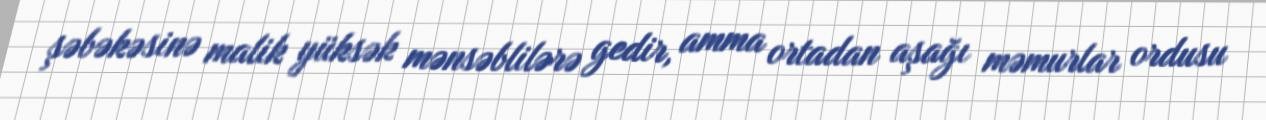
şəbəkəsinə malik yüksək mənsəblilərə gedir, amma ortadan aşağı məmurlar ordusu